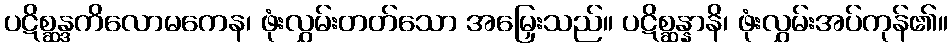
ပဋိစ္ဆန္ဒကိလောမကေန၊ ဖုံးလွှမ်းတတ်သော အမြှေးသည်။ ပဋိစ္ဆန္နာနိ၊ ဖုံးလွှမ်းအပ်ကုန်၏။